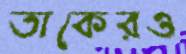
তাকেরও